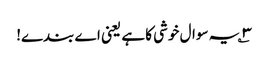
۳؎ یہ سوال خوشی کا ہے یعنی اے بندے!